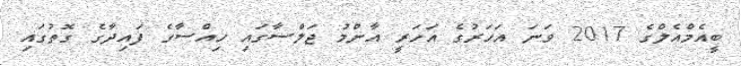
ބީއެމްއެލްގެ 2017 ވަނަ އަހަރުގެ އަހަރީ އާންމު ޖަލްސާގައި ހިއްސާގެ ފައިދާގެ ގޮތުގައި